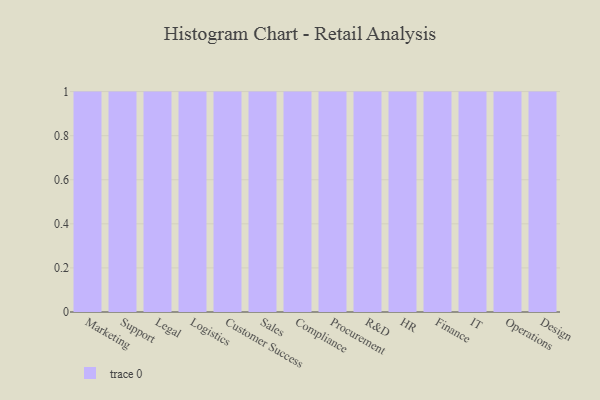
{"axis": {"x": "Department", "y": "Active Users"}, "legend": [""], "data": [{"x": "Marketing", "y": 73, "type": ""}, {"x": "Support", "y": 36, "type": ""}, {"x": "Legal", "y": 90, "type": ""}, {"x": "Logistics", "y": 80, "type": ""}, {"x": "Customer Success", "y": 82, "type": ""}, {"x": "Sales", "y": 52, "type": ""}, {"x": "Compliance", "y": 28, "type": ""}, {"x": "Procurement", "y": 41, "type": ""}, {"x": "R&D", "y": 17, "type": ""}, {"x": "HR", "y": 56, "type": ""}, {"x": "Finance", "y": 86, "type": ""}, {"x": "IT", "y": 73, "type": ""}, {"x": "Operations", "y": 17, "type": ""}, {"x": "Design", "y": 78, "type": ""}]}